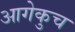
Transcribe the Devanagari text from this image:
आगेकुच